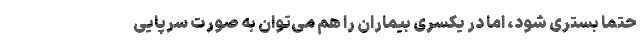
حتما بستری شود، اما در یکسری بیماران را هم می‌توان به صورت سرپایی